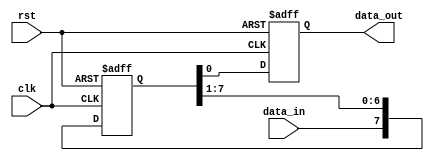
module siso_shift_register(
    input clk,
    input rst,
    input data_in,
    output reg data_out
);

reg [7:0] register;

always @(posedge clk or posedge rst) begin
    if (rst) begin
        register <= 8'b0;
        data_out <= 1'b0;
    end else begin
        register <= {data_in, register[7:1]};
        data_out <= register[0];
    end
end

endmodule